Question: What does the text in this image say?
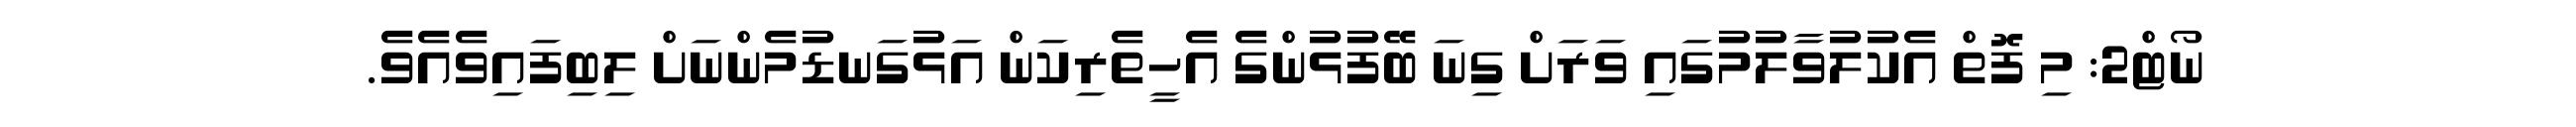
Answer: ނޯޓް2: މި ފޮތް އެކުލުވާލުމުގައި ވަރަށް ގިނަ ބޭފުޅުންގެ އެހީތެރިކަން އަޅުގަނޑުމެންނަށް ލިބިފައިވެއެވެ.